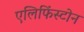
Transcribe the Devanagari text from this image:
एलिफिंस्टोन